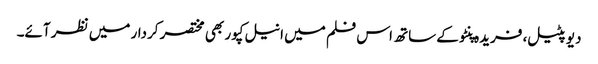
دیو پٹیل، فریدہ پنٹو کے ساتھ اس فلم میں انیل کپور بھی مختصر کردار میں نظر آئے۔